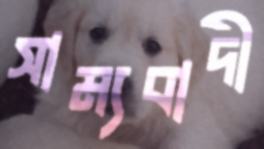
সাম্যবাদী